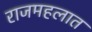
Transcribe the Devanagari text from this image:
राजमहलात